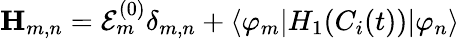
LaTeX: {\mathbf H}_{m,n}={\cal E}_{m}^{(0)}\delta_{m,n}+\langle\varphi_{m}|H_{1}(C_{i}(t))|\varphi_{n}\rangle